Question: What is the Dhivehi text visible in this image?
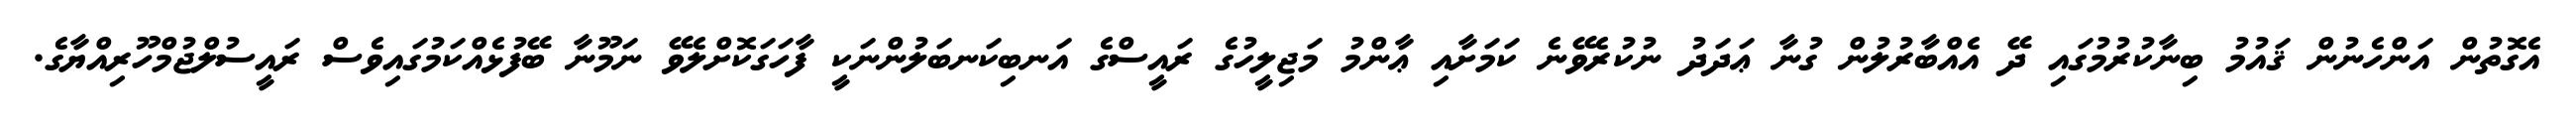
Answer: އެގޮތުން އަންހެނުން ޤައުމު ބިނާކުރުމުގައި ދޭ އެއްބާރުލުން ގުނާ ޢަދަދު ނުކުރެވޭނެ ކަމަށާއި ޢާންމު މަޖިލީހުގެ ރައީސްގެ އަނބިކަނބަލުންނަކީ ފާހަގަކޮށްލެވޭ ނަމޫނާ ބޭފުޅެއްކަމުގައިވެސް ރައީސުލްޖުމްހޫރިއްޔާގެ.